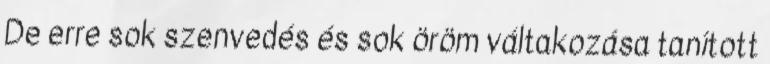
De erre sok szenvedés és sok öröm váltakozása tanított